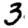
Digit: 3